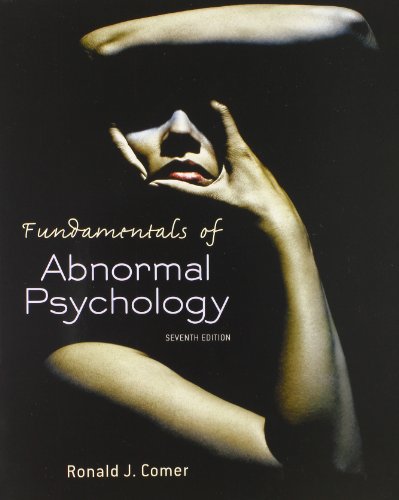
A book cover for Fundamentals of Abnormal Psychology; Ronald J. Comer; Medical Books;